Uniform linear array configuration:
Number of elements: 64
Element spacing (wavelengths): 0.25
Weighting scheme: hann
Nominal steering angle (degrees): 45
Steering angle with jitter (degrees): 45.555
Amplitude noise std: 0.05
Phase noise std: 0.05

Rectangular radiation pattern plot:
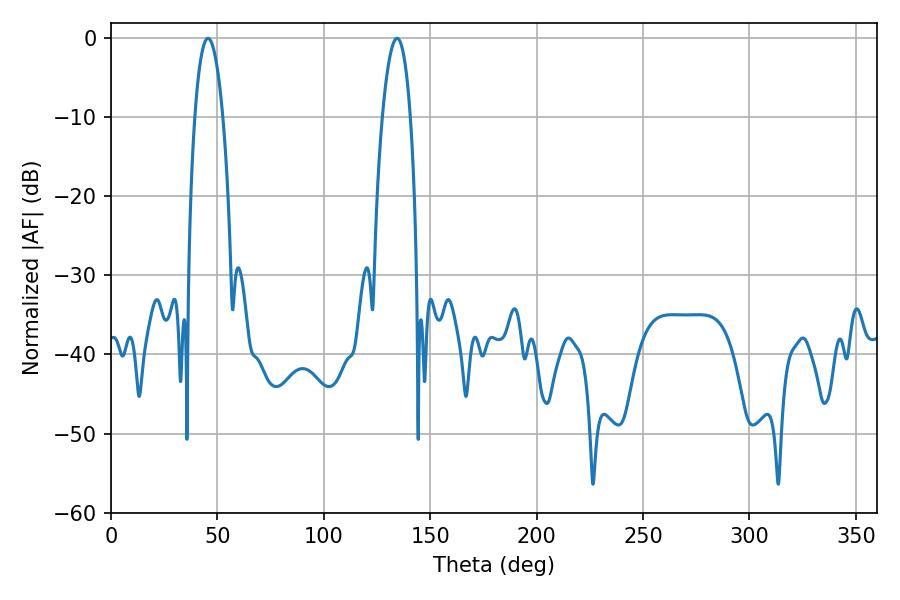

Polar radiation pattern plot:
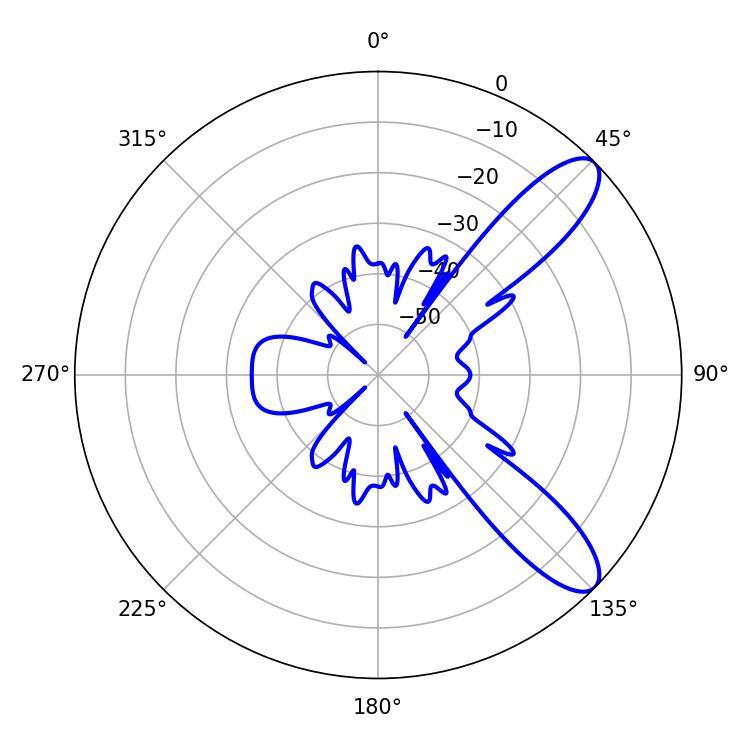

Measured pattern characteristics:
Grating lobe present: FALSE
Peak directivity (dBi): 10.091
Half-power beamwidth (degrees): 7.2
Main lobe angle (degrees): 45.54